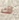
لك